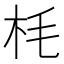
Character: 枆